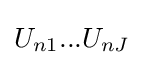
U_{n1}...U_{nJ}